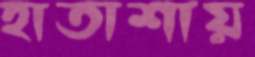
হাতাশায়